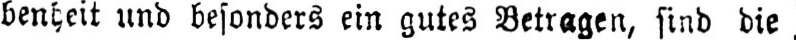
benheit und besonders ein gutes Betragen, sind die